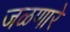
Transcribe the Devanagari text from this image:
जळणारे